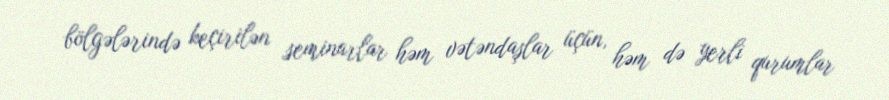
bölgələrində keçirilən seminarlar həm vətəndaşlar üçün, həm də yerli qurumlar